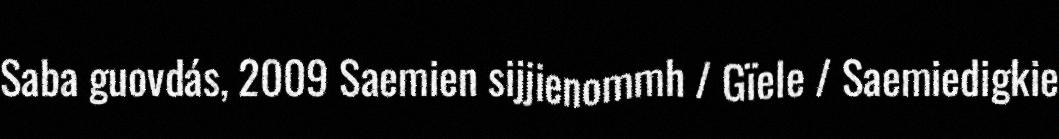
Saba guovdás, 2009 Saemien sijjienommh / Gïele / Saemiedigkie